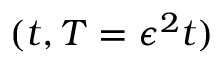
( t , T = \epsilon ^ { 2 } t )